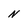
Character: N